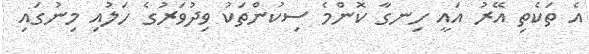
އެ ތަކެތި އޭރު އައީ ހިނގާ ކޮންމެ ސިކުންތަކު ވިދުވަރުގެ ހަލުއި މިނުގައި